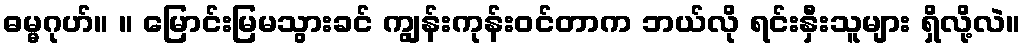
ဓမ္မဂုဟ်။ ။ မြောင်းမြမသွားခင် ကျွန်းကုန်းဝင်တာက ဘယ်လို ရင်းနှီးသူများ ရှိလို့လဲ။